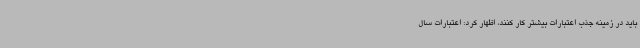
باید در زمینه جذب اعتبارات بیشتر کار کنند، اظهار کرد: اعتبارات سال